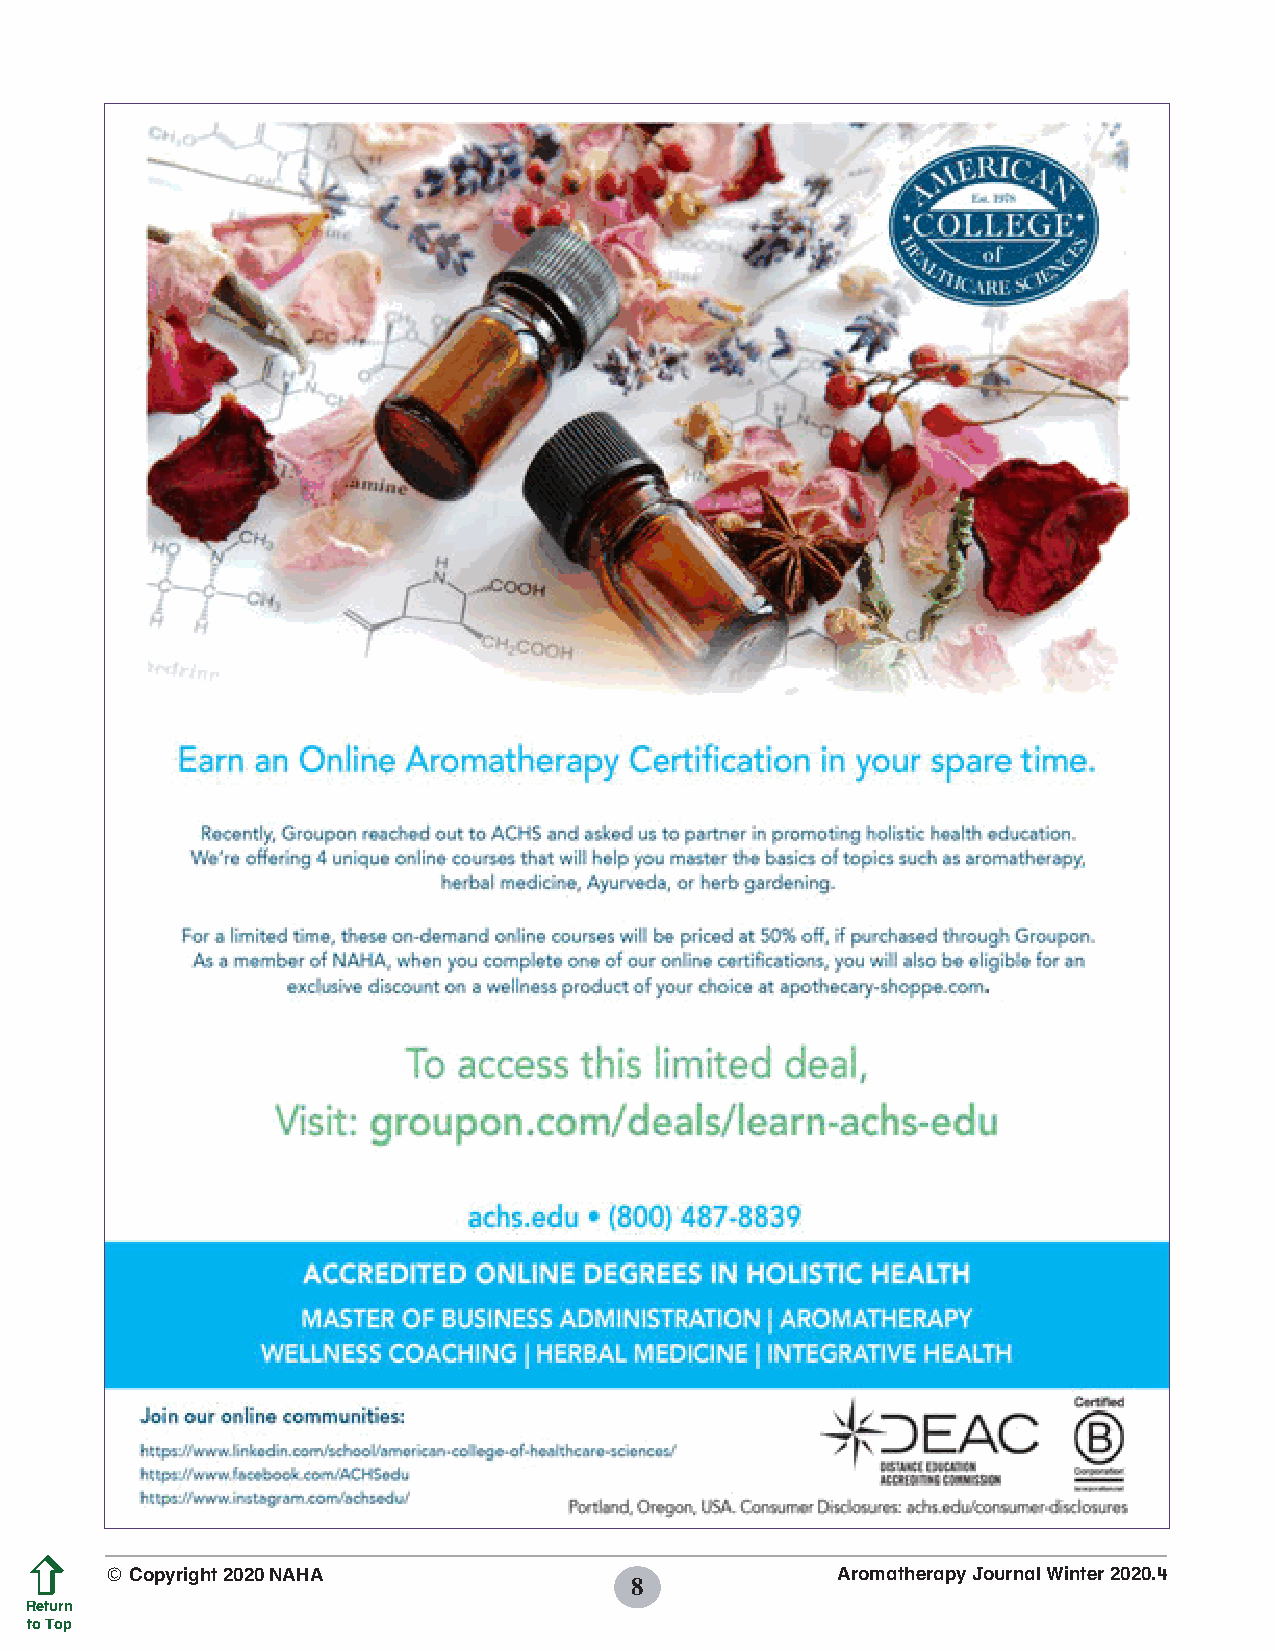
© Copyright 2020 NAHA                           Aromatherapy Journal Winter 2020.4
 8
 Return
 to Top
 